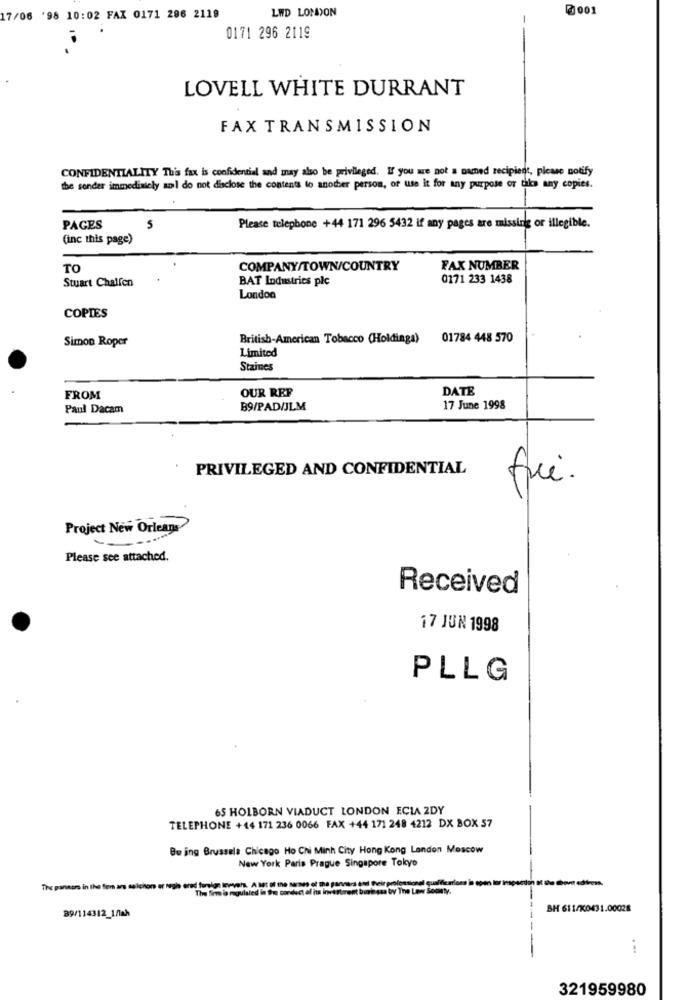
LWD LONDON
0001
17/06 '98 10:02 FAX 0171 286 2119
0171 296 2119
LOVELL WHITE DURRANT
FAX TRANSMISSION
CONFIDENTIALITY This fax is confidential and may also be privileged. If you are not a named recipient, please notify
the sender immediately aol do not disclose the contents to another person, of use it for any purpose or take any copies.
PAGES
5
Please telephone +44 171 296 5432 if any pages are missing or illegible.
(inc this page)
TO
COMPANY/TOWN/COUNTRY
FAX NUMBER
Stuart Chalfen
BAT Industries plc
0171 233 1438
London
COPIES
Simon Roper
British-American Tobacco (Holdinga)
01784 448 570
Limited
Staines
OUR REF
DATE
FROM
Paul Dacam
B9/PAD/JLM
17 June 1998
PRIVILEGED AND CONFIDENTIAL
fre.
Project New Orleans
Please see attached.
Received
17 JUN 1998
PLLG
65 HOLBORN VIADUCT LONDON ECLA 2DY
TELEPHONE +44 171 236 0066 FAX +44 171 248 4212 DX BOX 57
Bu ing Brussels Chicago Ho Chi Minh City Hong Kong Landon Moscow
New York Paris Prague Singapore Tokyo
The firm is regul
led in the conduct al its investment bunie saa by The Low Soonty.
BH 611/K0431.00028
89/114312_1/ah
...
321959980